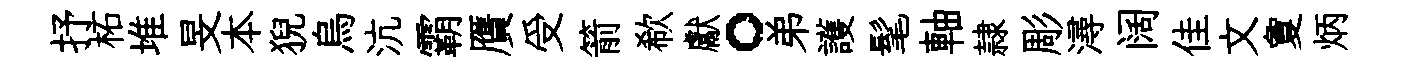
抒柘堆旻本猊烏沆霸贋受箭欷獻。弟護髦軸隷彫潯阔佳文夐炳